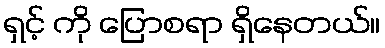
ရှင့် ကို ပြောစရာ ရှိနေတယ်။